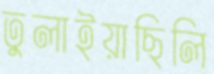
তুলাইয়াছিলি